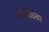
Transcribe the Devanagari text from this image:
तंत्रविद्येवर